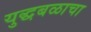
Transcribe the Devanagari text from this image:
युद्धबळाचा